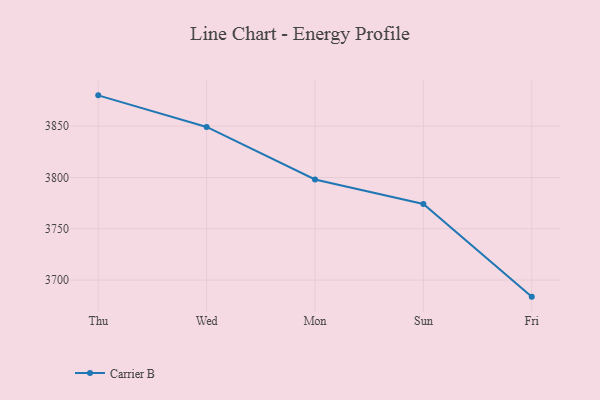
{"axis": {"x": "Day", "y": "Market Share (%)"}, "legend": ["Carrier B"], "data": [{"x": "Thu", "y": 3880.0, "type": "Carrier B"}, {"x": "Wed", "y": 3849.2, "type": "Carrier B"}, {"x": "Mon", "y": 3798.0, "type": "Carrier B"}, {"x": "Sun", "y": 3774.2, "type": "Carrier B"}, {"x": "Fri", "y": 3683.9, "type": "Carrier B"}]}